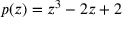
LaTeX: p ( z ) = z ^ { 3 } - 2 z + 2